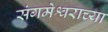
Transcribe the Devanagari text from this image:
संगमेश्वराच्या